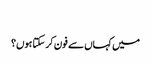
‬
‫میں کہاں سے فون کر سکتا ہوں؟